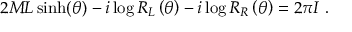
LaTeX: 2 M L \sinh ( \theta ) - i \log R _ { L } \left( \theta \right) - i \log R _ { R } \left( \theta \right) = 2 \pi I \ .